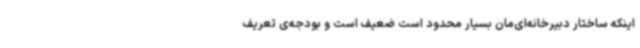
اینکه ساختار دبیرخانه‌ای‌مان بسیار محدود است ضعیف است و بودجه‌ی تعریف